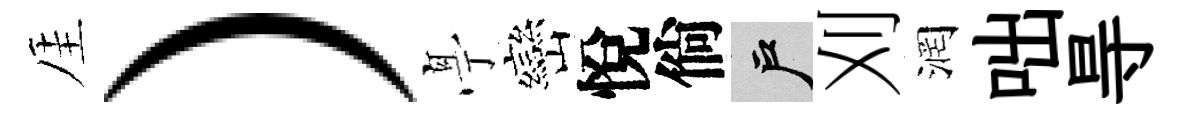
厓）𠅘巒悅倘户刈润咄㝵